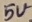
Text: 5V